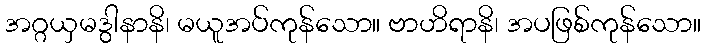
အဂ္ဂယှမဒွါနာနိ၊ မယူအပ်ကုန်သော။ ဗာဟိရာနိ၊ အပဖြစ်ကုန်သော။